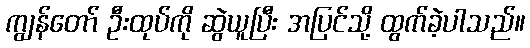
ကျွန်တော် ဦးထုပ်ကို ဆွဲယူပြီး အပြင်သို့ ထွက်ခဲ့ပါသည်။